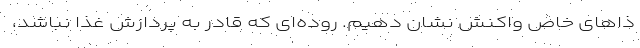
ذا‌های خاص واکنش نشان دهیم. روده‌ای که قادر به پردازش غذا نباشد،